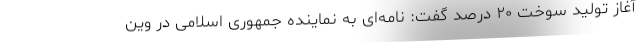
آغاز تولید سوخت ۲۰ درصد گفت: نامه‌ای به نماینده جمهوری اسلامی در وین